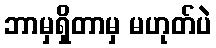
ဘာမှရှိတာမှ မဟုတ်ပဲ